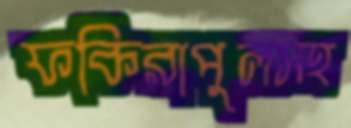
ফকিরাপুলসহ